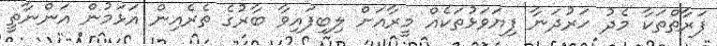
ފަރާތްތަކާ މެދު ހަރުދަނާ ފިޔަވަޅުތަކެއް މީރާއަށް ލިބިފައިވާ ބާރުގެ ތެރެއިން އަޅަމުން އަންނާތީ